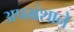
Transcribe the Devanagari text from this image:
अपभ्रंशाने